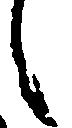
候